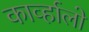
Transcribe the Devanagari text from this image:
काव्‍र्हालो